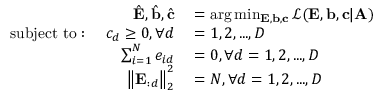
\begin{array} { r l } { \hat { \mathbf { E } } , \hat { \mathbf { b } } , \hat { \mathbf { c } } } & { { } = \arg \operatorname* { m i n } _ { \mathbf { E } , { \mathbf { b } } , { \mathbf { c } } } \mathcal { L } ( { \mathbf { E } } , { \mathbf { b } } , { \mathbf { c } } | { \mathbf { A } } ) } \\ { { \mathrm { s u b j e c t ~ t o } } : ~ ~ ~ c _ { d } \geq 0 , \forall d } & { { } = 1 , 2 , . . . , D } \\ { \sum _ { i = 1 } ^ { N } e _ { i d } } & { { } = 0 , \forall d = 1 , 2 , . . . , D } \\ { \big \| { \mathbf { E } } _ { : d } \big \| _ { 2 } ^ { 2 } } & { { } = N , \forall d = 1 , 2 , . . . , D } \end{array}